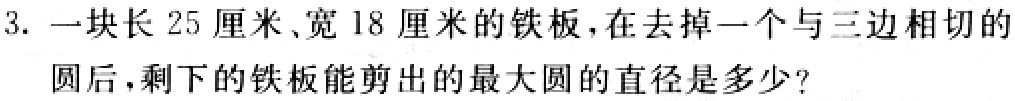
3. 一块长 25 厘米、宽 18 厘米的铁板，在去掉一个与三边相切的圆后，剩下的铁板能剪出的最大圆的直径是多少？